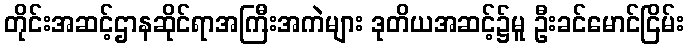
တိုင်းအဆင့်ဌာနဆိုင်ရာအကြီးအကဲများ ဒုတိယအဆင့်၌မူ ဦးခင်မောင်ငြိမ်း